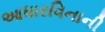
આધારવિનાની